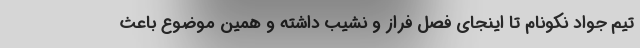
تیم جواد نکونام تا اینجای فصل فراز و نشیب داشته و همین موضوع باعث